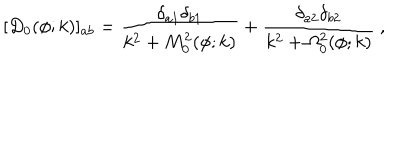
LaTeX: [ D _ { 0 } ( \phi ; k ) ] _ { a b } = { \frac { \delta _ { a 1 } \delta _ { b 1 } } { k ^ { 2 } + M _ { 0 } ^ { 2 } ( \phi ; k ) } } + { \frac { \delta _ { a 2 } \delta _ { b 2 } } { k ^ { 2 } + \Omega _ { 0 } ^ { 2 } ( \phi ; k ) } } ~ ,